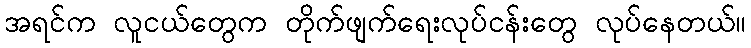
အရင်က လူငယ်တွေက တိုက်ဖျက်ရေးလုပ်ငန်းတွေ လုပ်နေတယ်။